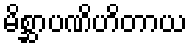
မိစ္ဆာပဏိဟိတာယ